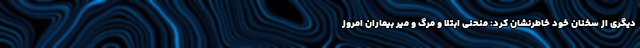
دیگری از سخنان خود خاطرنشان کرد: منحنی ابتلا و مرگ و میر بیماران امروز